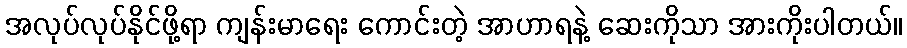
အလုပ်လုပ်နိုင်ဖို့ရာ ကျန်းမာရေး ကောင်းတဲ့ အာဟာရနဲ့ ဆေးကိုသာ အားကိုးပါတယ်။